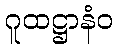
ဂူထဋ္ဌာနံဝ